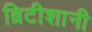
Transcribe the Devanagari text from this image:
ब्रिटीशानी